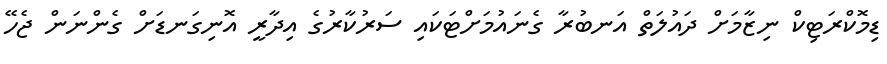
ޑިމޮކްރަޓިކް ނިޒާމަށް ދައުލަތް އަނބުރާ ގެނައުމަށްޓަކައި ސަރުކާރުގެ އިދާރީ އޮނިގަނޑަށް ގެންނަން ޖެހޭ